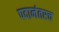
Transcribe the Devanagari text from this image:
पदानंतरच